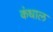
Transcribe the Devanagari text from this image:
कंधाल